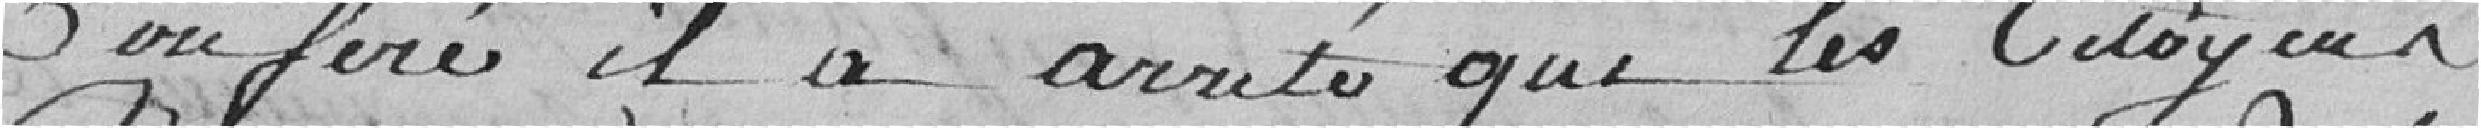
conféré, il a arrêté que les citoyens